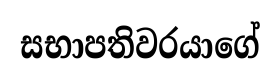
සභාපතිවරයාගේ